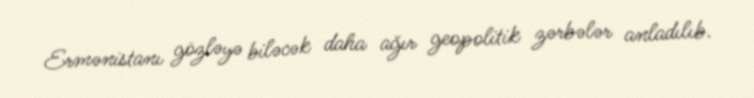
Ermənistanı gözləyə biləcək daha ağır geopolitik zərbələr anladılıb.